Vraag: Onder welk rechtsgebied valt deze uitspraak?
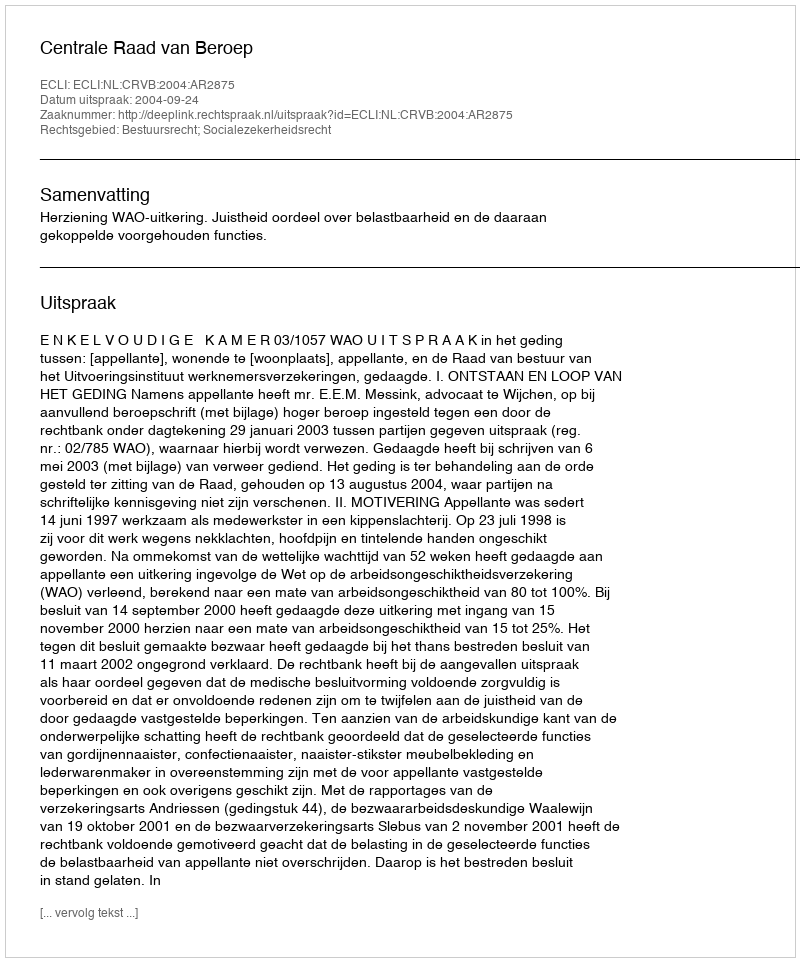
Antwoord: Bestuursrecht; Socialezekerheidsrecht